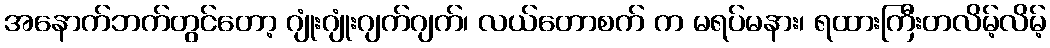
အနောက်ဘက်တွင်တော့ ဂျုံးဂျုံးဂျက်ဂျက်၊ လယ်တောစက် က မရပ်မနား၊ ရထားကြီးတလိမ့်လိမ့်